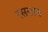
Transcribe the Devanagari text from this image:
रसरतन